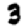
Digit: 3